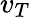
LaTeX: v_{T}